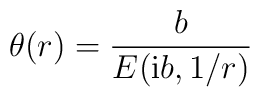
\theta(r) = {b\over E({\mathrm i} b, 1/r)}